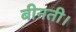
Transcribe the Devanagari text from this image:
बीनती।